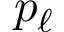
p _ { \ell }